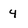
Character: 4